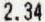
2.34